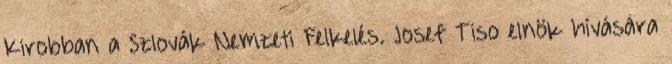
Kirobban a Szlovák Nemzeti Felkelés. Josef Tiso elnök hívására